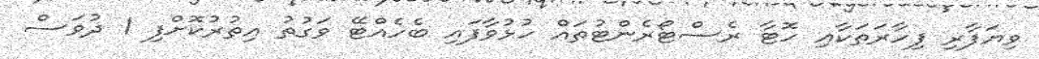
ވިޔަފާރި ފިހާރަތަކާއި ހޮޓާ ރެސްޓޯރެންޓުތައް ހުޅުވާފައި ބެހެއްޓޭ ވަގުތު އިތުރުކޮށްފި 1 ދުވަސް